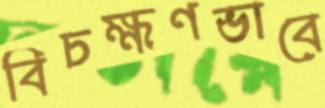
বিচক্ষণভাবে